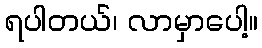
ရပါတယ်၊ လာမှာပေါ့။